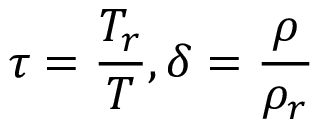
\tau = { \frac { T _ { r } } { T } } , \delta = { \frac { \rho } { \rho _ { r } } }